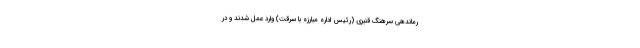
رماندهی سرهنگ قنبری (رئیس اداره مبارزه با سرقت) وارد عمل شدند و در